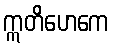
ဣတိဟေကေ